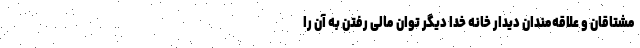
مشتاقان و علاقه‌مندان دیدار خانه خدا دیگر توان مالی رفتن به آن را